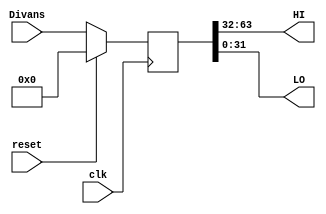
module hilo( HI, LO, Divans, reset, clk ) ;
input [63:0]Divans ;
input reset ;
input clk ;
reg [63:0]HILO ;
output [31:0]HI ;
output [31:0]LO ;

always@( posedge clk )
begin
  if ( reset )
    HILO = 64'b0 ;
  else
    HILO = Divans ;
end

assign HI = HILO[63:32] ;
assign LO = HILO[31:0] ;

endmodule